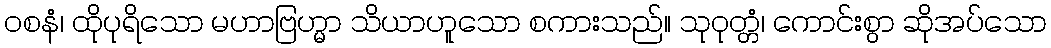
ဝစနံ၊ ထိုပုရိသော မဟာဗြဟ္မာ သိယာဟူသော စကားသည်။ သုဝုတ္တံ၊ ကောင်းစွာ ဆိုအပ်သော